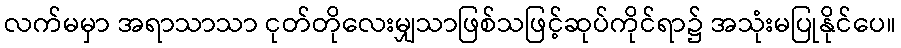
လက်မမှာ အရာသာသာ ငုတ်တိုလေးမျှသာဖြစ်သဖြင့်ဆုပ်ကိုင်ရာ၌ အသုံးမပြုနိုင်ပေ။